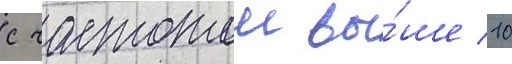
с частотои вы́ше 10